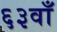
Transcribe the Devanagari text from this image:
६३वाँ